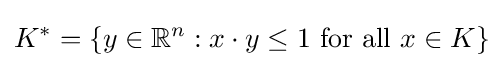
K^{*}=\{y\in \mathbb {R} ^{n}:x\cdot y\leq 1{\text{ for all }}x\in {K}\}